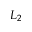
L _ { 2 }